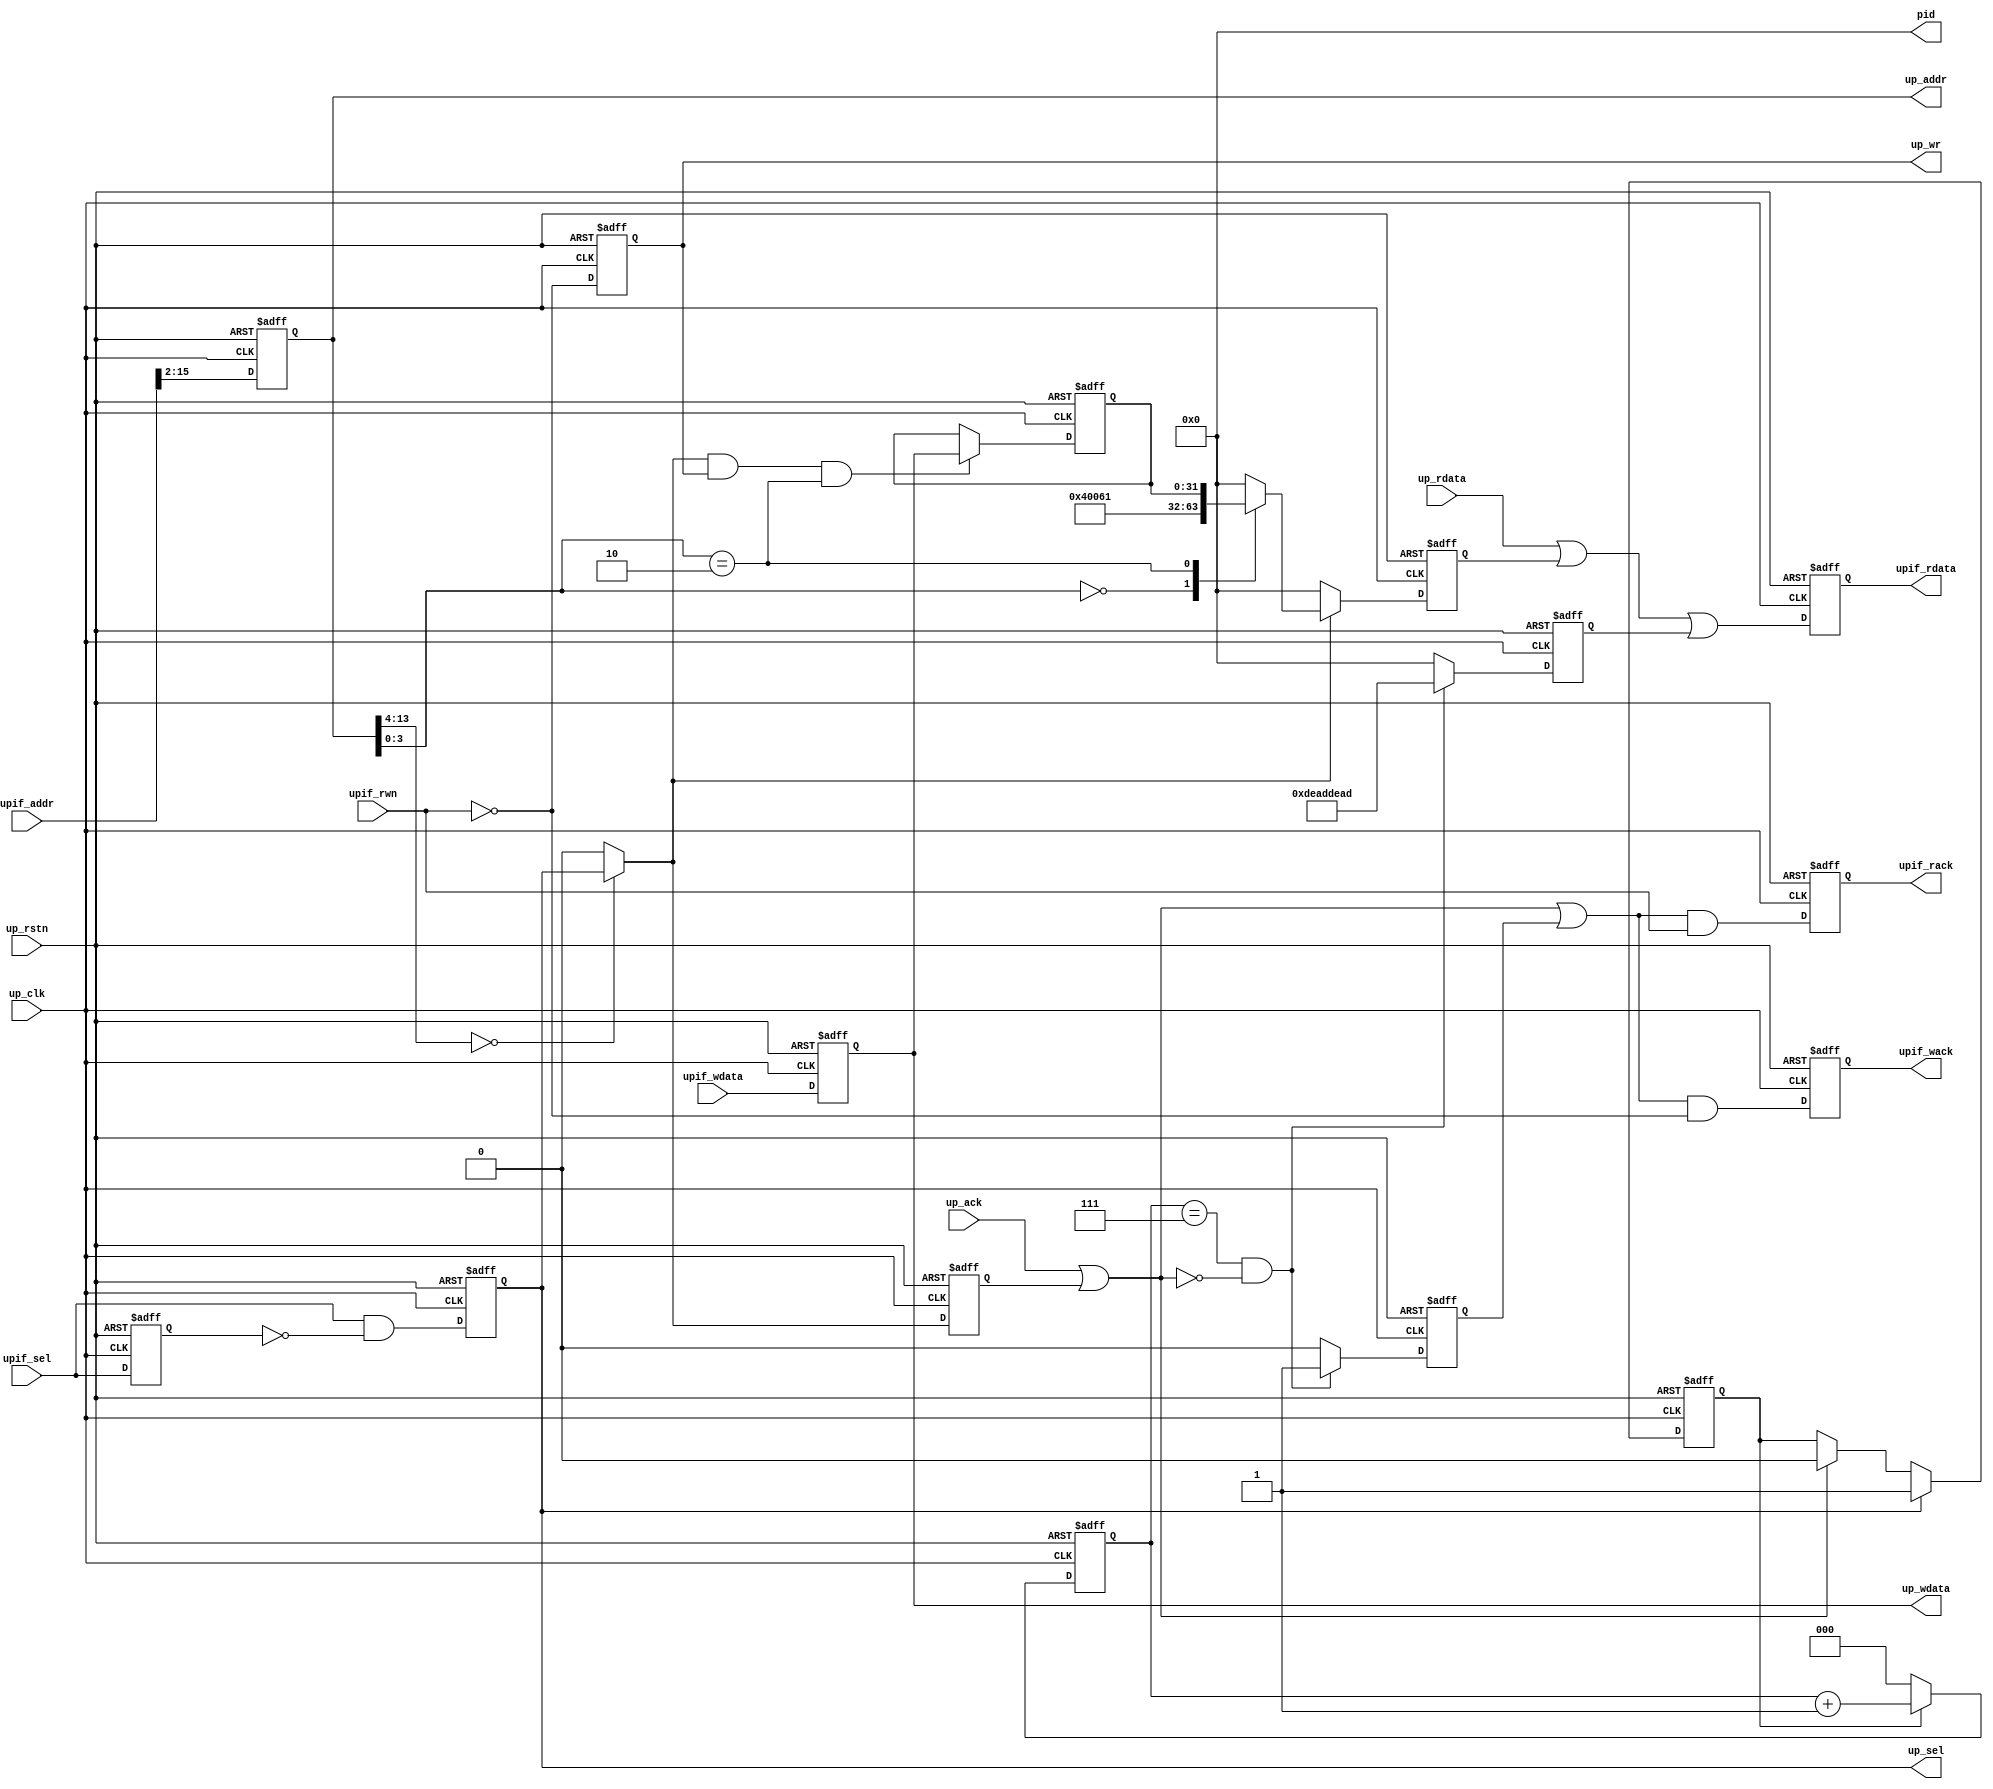
module up_busif (

  // bus interface

  up_rstn,
  up_clk,
  upif_sel,
  upif_rwn,
  upif_addr,
  upif_wdata,
  upif_wack,
  upif_rdata,
  upif_rack,

  // block interface

  up_sel,
  up_wr,
  up_addr,
  up_wdata,
  up_rdata,
  up_ack,

  // pcore identifier

  pid);

  // parameters

  parameter PCORE_VERSION = 32'h00040061;
  parameter PCORE_ID = 0;

  // bus interface

  input           up_rstn;
  input           up_clk;
  input           upif_sel;
  input           upif_rwn;
  input   [31:0]  upif_addr;
  input   [31:0]  upif_wdata;
  output          upif_wack;
  output  [31:0]  upif_rdata;
  output          upif_rack;

  // block interface

  output          up_sel;
  output          up_wr;
  output  [13:0]  up_addr;
  output  [31:0]  up_wdata;
  input   [31:0]  up_rdata;
  input           up_ack;

  // pcore identifier

  output  [31:0]  pid;

  // internal registers

  reg             upif_wack = 'd0;
  reg             upif_rack = 'd0;
  reg     [31:0]  upif_rdata = 'd0;
  reg             up_sel_d = 'd0;
  reg             up_sel = 'd0;
  reg             up_wr = 'd0;
  reg     [13:0]  up_addr = 'd0;
  reg     [31:0]  up_wdata = 'd0;
  reg             up_access = 'd0;
  reg     [ 2:0]  up_access_count = 'd0;
  reg             up_access_ack = 'd0;
  reg     [31:0]  up_access_rdata = 'd0;
  reg     [31:0]  up_scratch = 'd0;
  reg             up_int_ack = 'd0;
  reg     [31:0]  up_int_rdata = 'd0;

  // internal signals

  wire    [31:0]  up_rdata_s;
  wire            up_ack_s;
  wire            up_sel_s;
  wire            up_wr_s;

  // pcore identifier

  assign pid = PCORE_ID;

  // bus interface read and ack registers

  always @(negedge up_rstn or posedge up_clk) begin
    if (up_rstn == 0) begin
      upif_wack <= 'd0;
      upif_rack <= 'd0;
      upif_rdata <= 'd0;
    end else begin
      upif_wack <= (up_ack_s | up_access_ack) & ~upif_rwn;
      upif_rack <= (up_ack_s | up_access_ack) & upif_rwn;
      upif_rdata <= up_rdata_s | up_access_rdata;
    end
  end

  // usuable format from the bus interface signals

  always @(negedge up_rstn or posedge up_clk) begin
    if (up_rstn == 0) begin
      up_sel_d <= 'd0;
      up_sel <= 'd0;
      up_wr <= 'd0;
      up_addr <= 'd0;
      up_wdata <= 'd0;
    end else begin
      up_sel_d <= upif_sel;
      up_sel <= upif_sel & ~up_sel_d;
      up_wr <= ~upif_rwn;
      up_addr <= upif_addr[15:2];
      up_wdata <= upif_wdata;
    end
  end

  // combine up read and ack from all the blocks

  assign up_rdata_s = up_rdata | up_int_rdata;
  assign up_ack_s = up_ack | up_int_ack;

  // 8 clock cycles access time out to release bus

  always @(negedge up_rstn or posedge up_clk) begin
    if (up_rstn == 0) begin
      up_access <= 'd0;
      up_access_count <= 'd0;
      up_access_ack <= 'd0;
      up_access_rdata <= 'd0;
    end else begin
      if (up_sel == 1'b1) begin
        up_access <= 1'b1;
      end else if (up_ack_s == 1'b1) begin
        up_access <= 1'b0;
      end
      if (up_access == 1'b1) begin
        up_access_count <= up_access_count + 1'b1;
      end else begin
        up_access_count <= 3'd0;
      end
      if ((up_access_count == 3'h7) && (up_ack_s == 1'b0)) begin
        up_access_ack <= 1'b1;
        up_access_rdata <= {2{16'hdead}};
      end else begin
        up_access_ack <= 1'b0;
        up_access_rdata <= 32'd0;
      end
    end
  end

  // decode block select

  assign up_sel_s = (up_addr[13:4] == 10'd0) ? up_sel : 1'b0;
  assign up_wr_s = up_sel_s & up_wr;

  // write interface

  always @(negedge up_rstn or posedge up_clk) begin
    if (up_rstn == 0) begin
      up_scratch <= 'd0;
    end else begin
      if ((up_wr_s == 1'b1) && (up_addr[3:0] == 4'h2)) begin
        up_scratch <= up_wdata;
      end
    end
  end

  // read interface

  always @(negedge up_rstn or posedge up_clk) begin
    if (up_rstn == 0) begin
      up_int_ack <= 'd0;
      up_int_rdata <= 'd0;
    end else begin
      up_int_ack <= up_sel_s;
      if (up_sel_s == 1'b1) begin
        case (up_addr[3:0])
          4'h0: up_int_rdata <= PCORE_VERSION;
          4'h1: up_int_rdata <= PCORE_ID;
          4'h2: up_int_rdata <= up_scratch;
          default: up_int_rdata <= 32'd0;
        endcase
      end else begin
        up_int_rdata <= 32'd0;
      end
    end
  end

endmodule